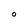
Character: O